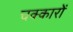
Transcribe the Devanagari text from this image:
चक्कारों